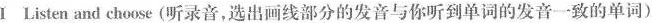
1 Listen and choose (听录音,选出画线部分的发音与你听到单词的发音一致的单词)